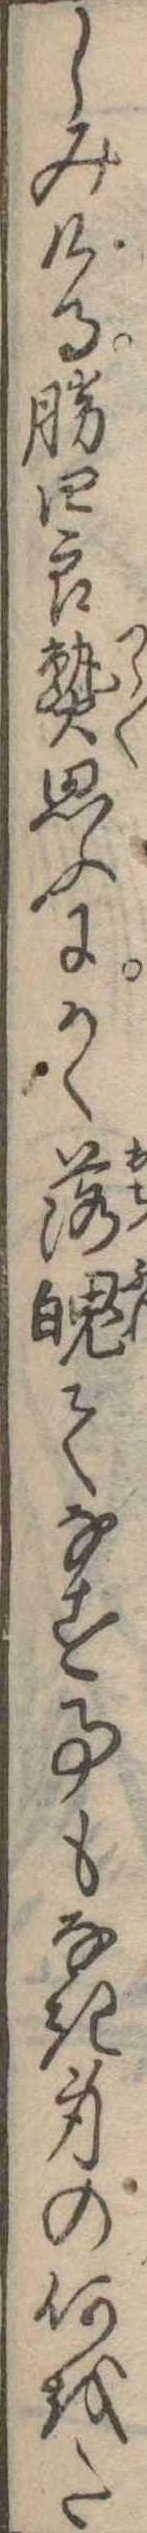
しみける勝四郎熟思ふにかく落魄てなす事もなき身の何をた